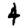
Digit: 4